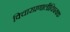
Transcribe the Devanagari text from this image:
विचारप्रणालीविषयक